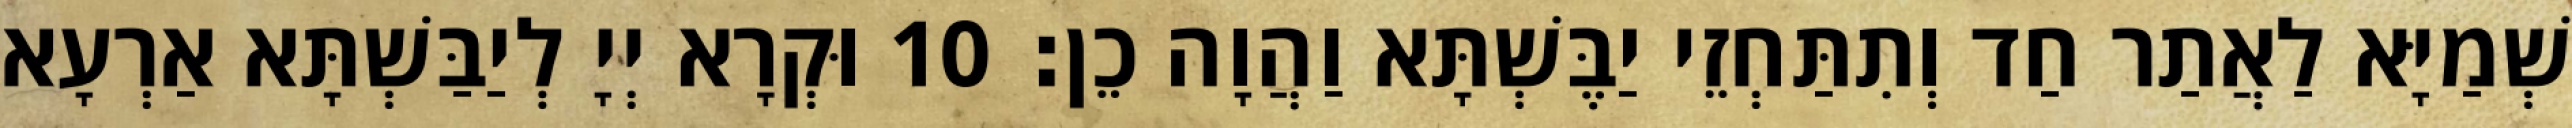
שְׁמַיָּא לַאֲתַר חַד וְתִתַּחְזֵי יַבֶּשְׁתָּא וַהֲוָה כֵן׃ 10 וּקְרָא יְיָ לְיַבַּשְׁתָּא אַרְעָא